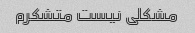
مشکلی نیست متشکرم